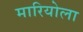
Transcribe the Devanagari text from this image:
मारियोला